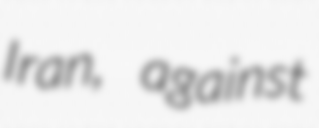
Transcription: Iran, against